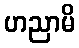
ဟညာမိ